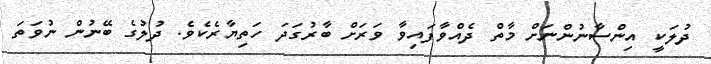
ދުލަކީ އިންސާނުންނަށް މާތް ދެއްވާފައިވާ ވަރަށް ބާރުގަދަ ހަތިޔާރެކެވެ. ދުލުގެ ބޭނުން ނުވަތަ